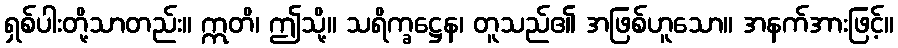
ရှစ်ပါးတို့သာတည်း။ ဣတိ၊ ဤသို့။ သရိက္ခဋ္ဌေန၊ တူသည်၏ အဖြစ်ဟူသော။ အနက်အားဖြင့်။